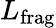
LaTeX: {L}_{\mathrm{frag}}